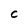
Character: C